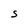
Character: S